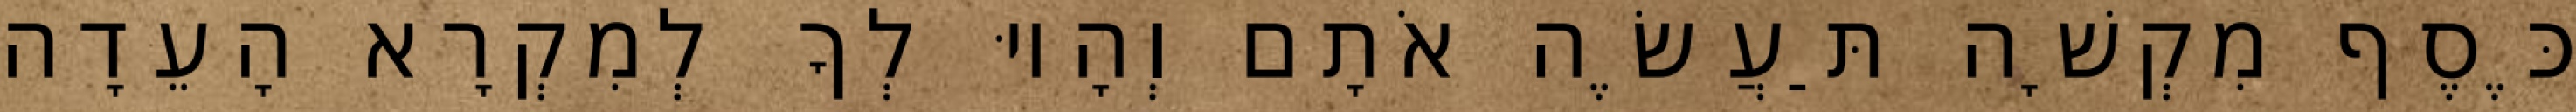
כֶּסֶף מִקְשָׁה תַּעֲשֶׂה אֹתָם וְהָיוּ לְךָ לְמִקְרָא הָעֵדָה